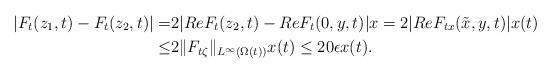
LaTeX: \begin{align*}|F_t(z_1,t)-F_t(z_2,t)|=&2|Re F_t(z_2,t)-Re F_t(0,y,t)|x=2|Re F_{tx}(\tilde{x},y,t)|x(t)\\\leq &2\|F_{t\zeta}\|_{L^{\infty}(\Omega(t))} x(t)\leq 20\epsilon x(t).\end{align*}